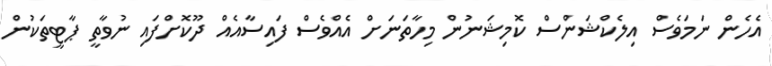
އެހެން ނަމަވެސް އިލެކްޝަންސް ކޮމިޝަނުން މިހާތަނަށް އެއްވެސް ފައިސާއެއް ދޫކޮށްފައި ނުވާތީ ޕާޓީތަކުން